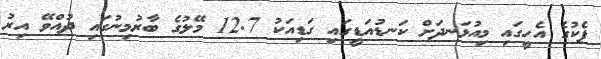
ޕެކުގެ އެހީގައި މިއުޅަނދަށް ކަނޑުއަޑީގައި ގަޑިއަކު 12.7 މޭލުގެ ބާރުމިނުގައި ދުއްވޭ އިރު